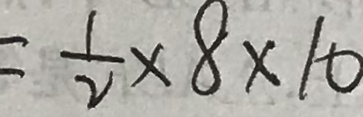
= \frac { 1 } { 2 } \times 8 \times 1 0